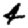
Digit: 4